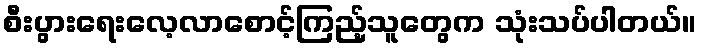
စီးပွားရေးလေ့လာစောင့်ကြည့်သူတွေက သုံးသပ်ပါတယ်။